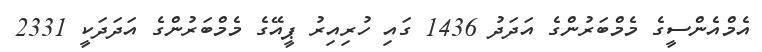
އެމްއެންސީގެ މެމްބަރުންގެ އަދަދު 1436 ގައި ހުރިއިރު ޕީއޭގެ މެމްބަރުންގެ އަދަދަކީ 2331